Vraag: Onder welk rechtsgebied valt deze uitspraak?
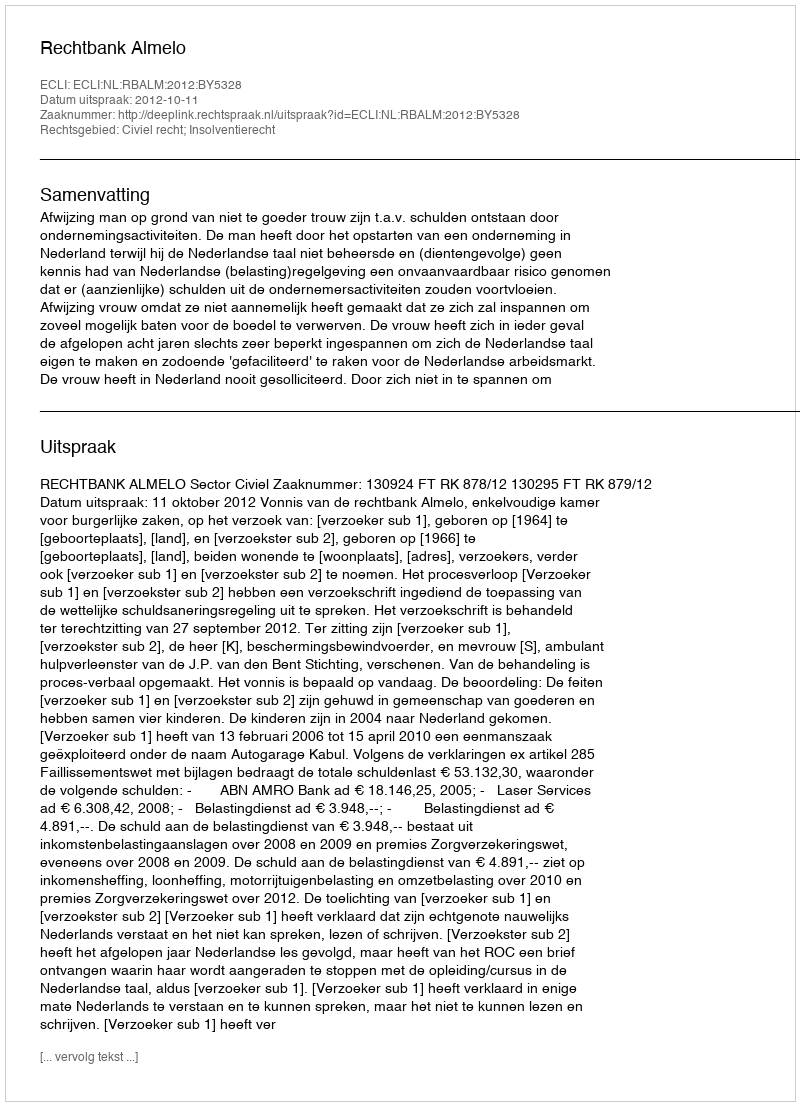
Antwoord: Civiel recht; Insolventierecht